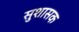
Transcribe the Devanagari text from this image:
सुशासक